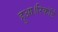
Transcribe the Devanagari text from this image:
हुआ।रिकॉर्ड